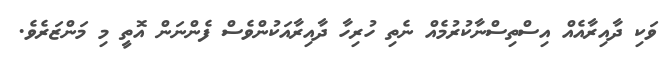
ވަކި ދާއިރާއެއް އިސްތިސްނާކުރުމެއް ނެތި ހުރިހާ ދާއިރާއަކުންވެސް ފެންނަން އޮތީ މި މަންޒަރެވެ.